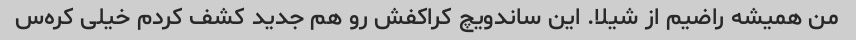
من همیشه راضیم از شیلا. این ساندویچ کراکفش رو هم جدید کشف کردم خیلی کره‌س